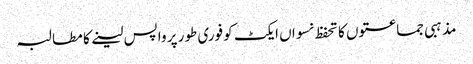
مذہبی جماعتوں کا تحفظ نسواں ایکٹ کو فوری طور پر واپس لینے کا مطالبہ